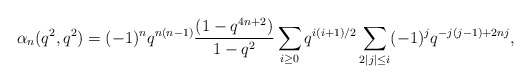
\begin{align*}\alpha_{n}(q^2,q^2)=(-1)^nq^{n(n-1)}\frac{(1-q^{4n+2})}{1-q^2}\sum_{i\ge0}q^{i(i+1)/2}\sum_{2|j|\le i}(-1)^jq^{-j(j-1)+2nj},\end{align*}